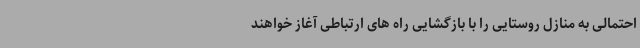
احتمالی به منازل روستایی را با بازگشایی راه های ارتباطی آغاز خواهند